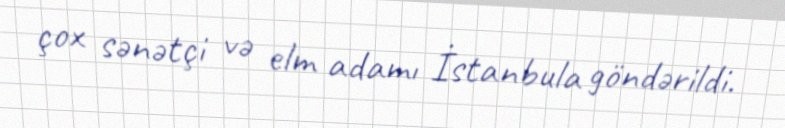
çox sənətçi və elm adamı İstanbula göndərildi.